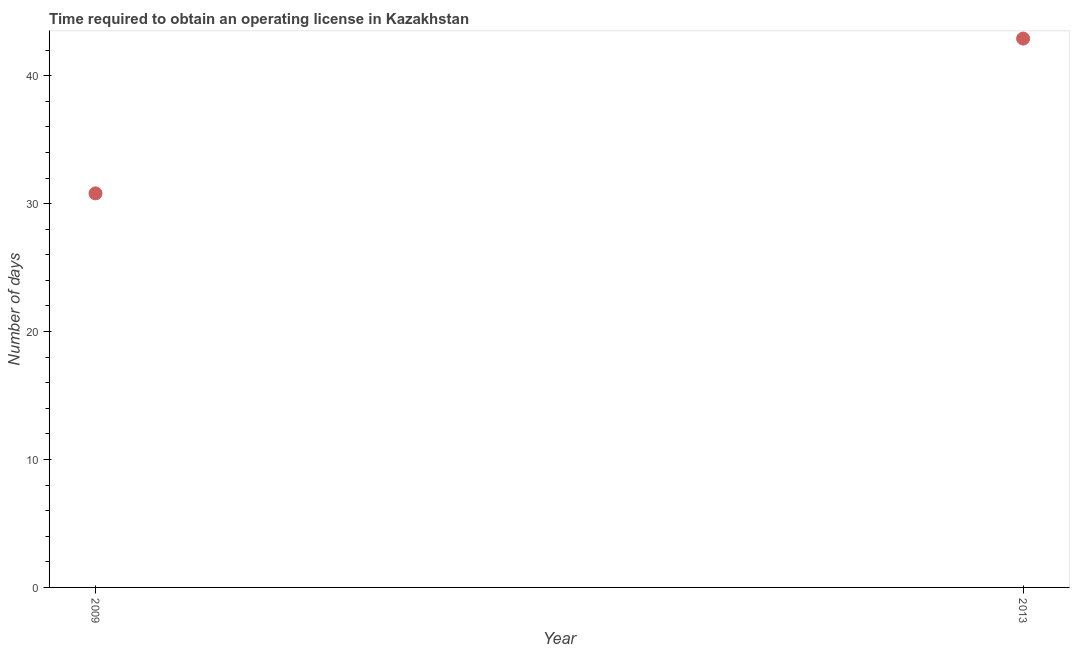
| Year | Obtain operating license |
 | --- | --- |
 | 2009 | 30.8 |
 | 2013 | 42.9 |